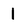
Character: I